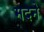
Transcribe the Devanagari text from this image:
मदने